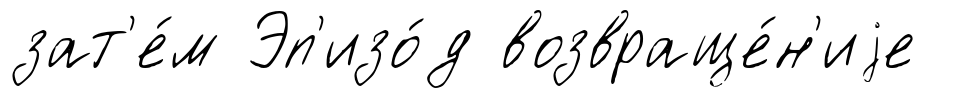
зат'е́м Эп'изо́д возвраще́н'иjе